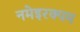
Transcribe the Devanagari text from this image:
नमेइरक्पम